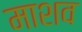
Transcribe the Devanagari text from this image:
माशव